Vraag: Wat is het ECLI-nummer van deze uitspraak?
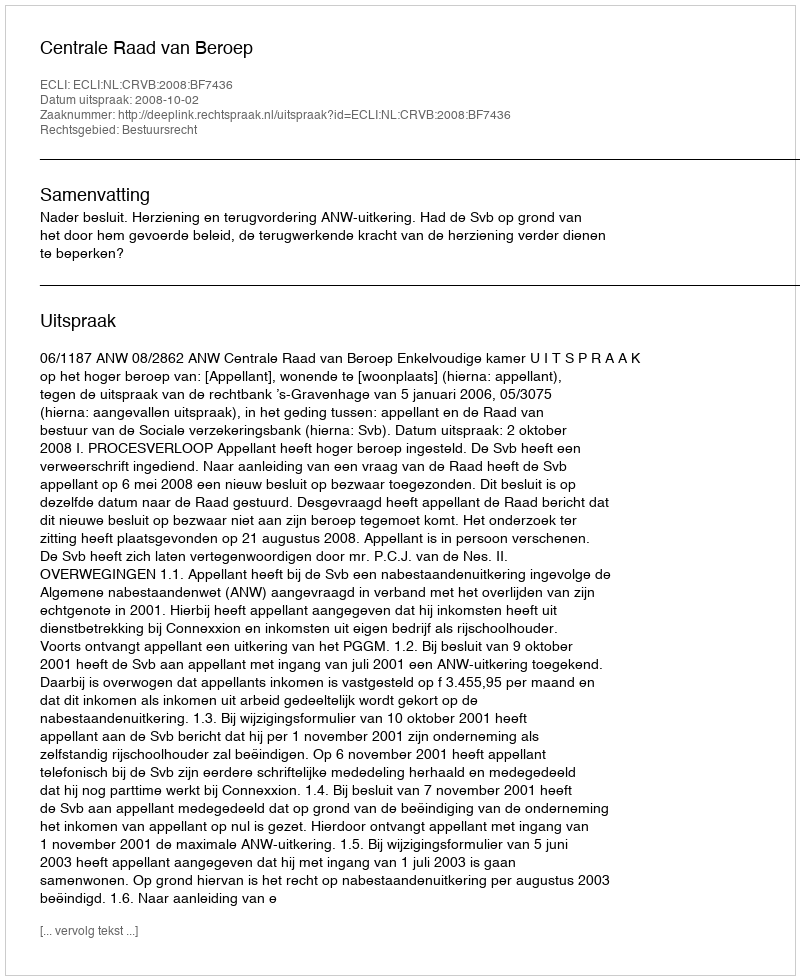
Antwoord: ECLI:NL:CRVB:2008:BF7436